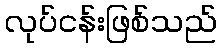
လုပ်ငန်းဖြစ်သည်